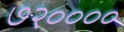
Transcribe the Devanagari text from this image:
७२००००